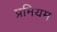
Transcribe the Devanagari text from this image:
प्रमियम